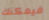
فيمكنك